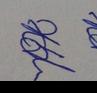
Signature authenticity: genuine